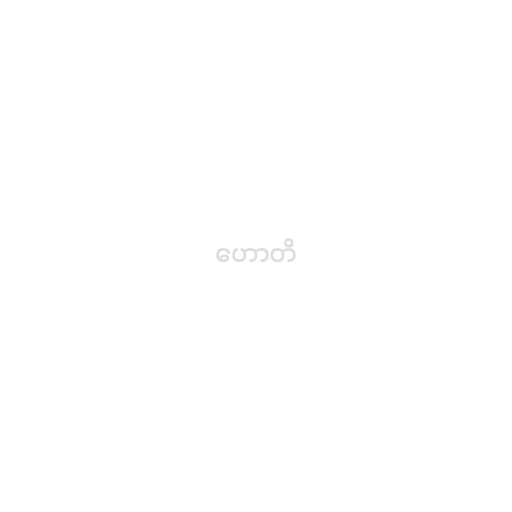
ဟောတိ